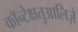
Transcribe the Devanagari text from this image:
कॉन्टेक्षतुआलिज़े